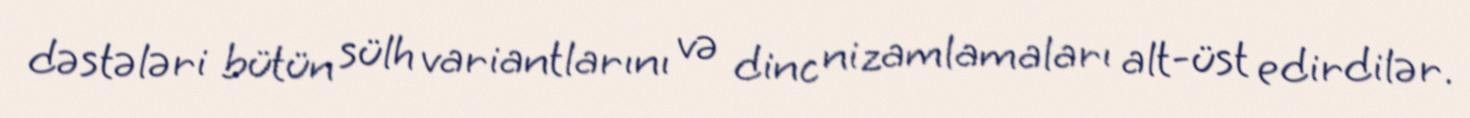
dəstələri bütün sülh variantlarını və dinc nizamlamaları alt-üst edirdilər.